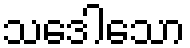
သဒေါသော